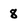
Character: 8